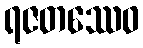
ရဇတဿေဝ